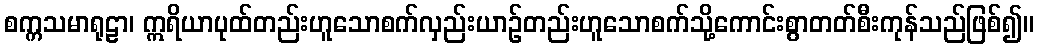
စက္ကသမာရုဠာ၊ ဣရိယာပုထ်တည်းဟူသောစက်လှည်းယာဉ်တည်းဟူသောစက်သို့ကောင်းစွာတတ်စီးကုန်သည်ဖြစ်၍။